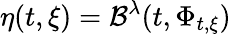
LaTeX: \eta(t,\xi)=\mathcal{B}^{\lambda}(t,\Phi_{t,\xi})